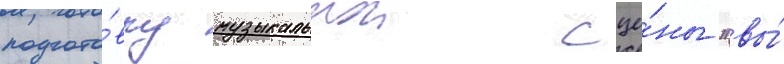
подгото́вку музыкальнои сце́ны "вы́